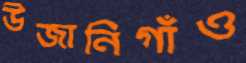
উজানিগাঁও